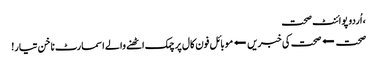
، اُردو پوائنٹ صحت
صحت ⬅صحت کی خبریں⬅موبائل فون کال پر چمک اٹھنے والے اسمارٹ ناخن تیار!